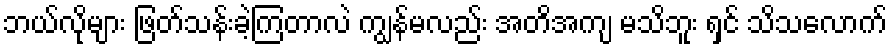
ဘယ်လိုများ ဖြတ်သန်းခဲ့ကြတာလဲ ကျွန်မလည်း အတိအကျ မသိဘူး ရှင် သိသလောက်